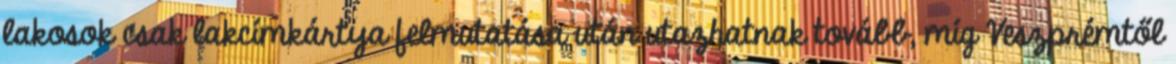
lakosok csak lakcímkártya felmutatása után utazhatnak tovább, míg Veszprémtől